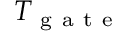
T _ { \mathrm { ~ g ~ a ~ t ~ e ~ } }